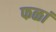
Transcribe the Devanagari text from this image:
फळां